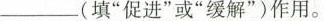
(填”促进”或”缓解”)作用。